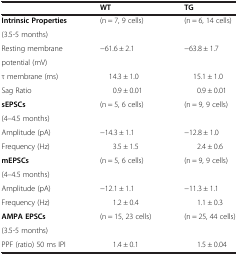
<table><thead><tr><td></td><td><b>WT</b></td><td><b>TG</b></td></tr></thead><tbody><tr><td><b>Intrinsic Properties</b></td><td rowspan="2">(n = 7, 9 cells)</td><td rowspan="2">(n = 6, 14 cells)</td></tr><tr><td>(3.5-5 months)</td></tr><tr><td>Resting membrane</td><td rowspan="2">−61.6 ± 2.1</td><td rowspan="2">−63.8 ± 1.7</td></tr><tr><td>potential (mV)</td></tr><tr><td>τ membrane (ms)</td><td>14.3 ± 1.0</td><td>15.1 ± 1.0</td></tr><tr><td>Sag Ratio</td><td>0.9 ± 0.01</td><td>0.9 ± 0.01</td></tr><tr><td><b>sEPSCs</b></td><td rowspan="2">(n = 5, 6 cells)</td><td rowspan="2">(n = 9, 9 cells)</td></tr><tr><td>(4–4.5 months)</td></tr><tr><td>Amplitude (pA)</td><td>−14.3 ± 1.1</td><td>−12.8 ± 1.0</td></tr><tr><td>Frequency (Hz)</td><td>3.5 ± 1.5</td><td>2.4 ± 0.6</td></tr><tr><td><b>mEPSCs</b></td><td rowspan="2">(n = 5, 6 cells)</td><td rowspan="2">(n = 9, 9 cells)</td></tr><tr><td>(4–4.5 months)</td></tr><tr><td>Amplitude (pA)</td><td>−12.1 ± 1.1</td><td>−11.3 ± 1.1</td></tr><tr><td>Frequency (Hz)</td><td>1.2 ± 0.4</td><td>1.1 ± 0.3</td></tr><tr><td><b>AMPA EPSCs</b></td><td rowspan="2">(n = 15, 23 cells)</td><td rowspan="2">(n = 25, 44 cells)</td></tr><tr><td>(3.5-5 months)</td></tr><tr><td>PPF (ratio) 50 ms IPI</td><td>1.4 ± 0.1</td><td>1.5 ± 0.04</td></tr></tbody></table>